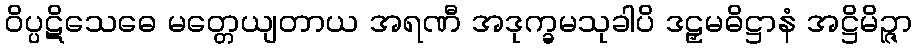
ဝိပ္ပဋိသေဓေ မတ္တေယျတာယ အရဏီ အဒုက္ခမသုခါပိ ဒဠှမဓိဋ္ဌာနံ အဋ္ဌိမိဉ္ဇာ